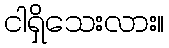
ငါရှိသေးလား။